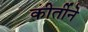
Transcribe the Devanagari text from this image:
कीर्तीने